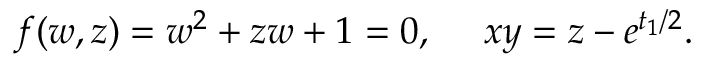
f ( w , z ) = w ^ { 2 } + z w + 1 = 0 , ~ ~ ~ ~ x y = z - e ^ { t _ { 1 } / 2 } .